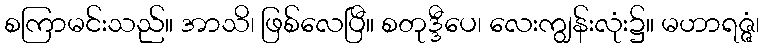
စကြာမင်းသည်။ အာသိ၊ ဖြစ်လေပြီ။ စတုဒ္ဒီပေ၊ လေးကျွန်းလုံး၌။ မဟာရဇ္ဇံ၊